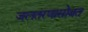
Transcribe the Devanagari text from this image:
जलतरणासोबत